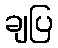
ချပြ